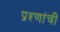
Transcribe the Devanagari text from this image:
प्रश्णांची